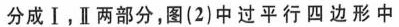
分成Ⅰ，Ⅱ两部分，图(2)中过平行四边形中